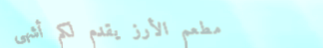
مطعم الأرز يقدم لكم أشهى